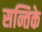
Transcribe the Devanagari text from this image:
सन्तिके